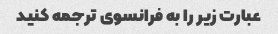
عبارت زیر را به فرانسوی ترجمه کنید